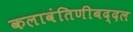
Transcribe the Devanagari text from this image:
कलावंतिणीबद्दल